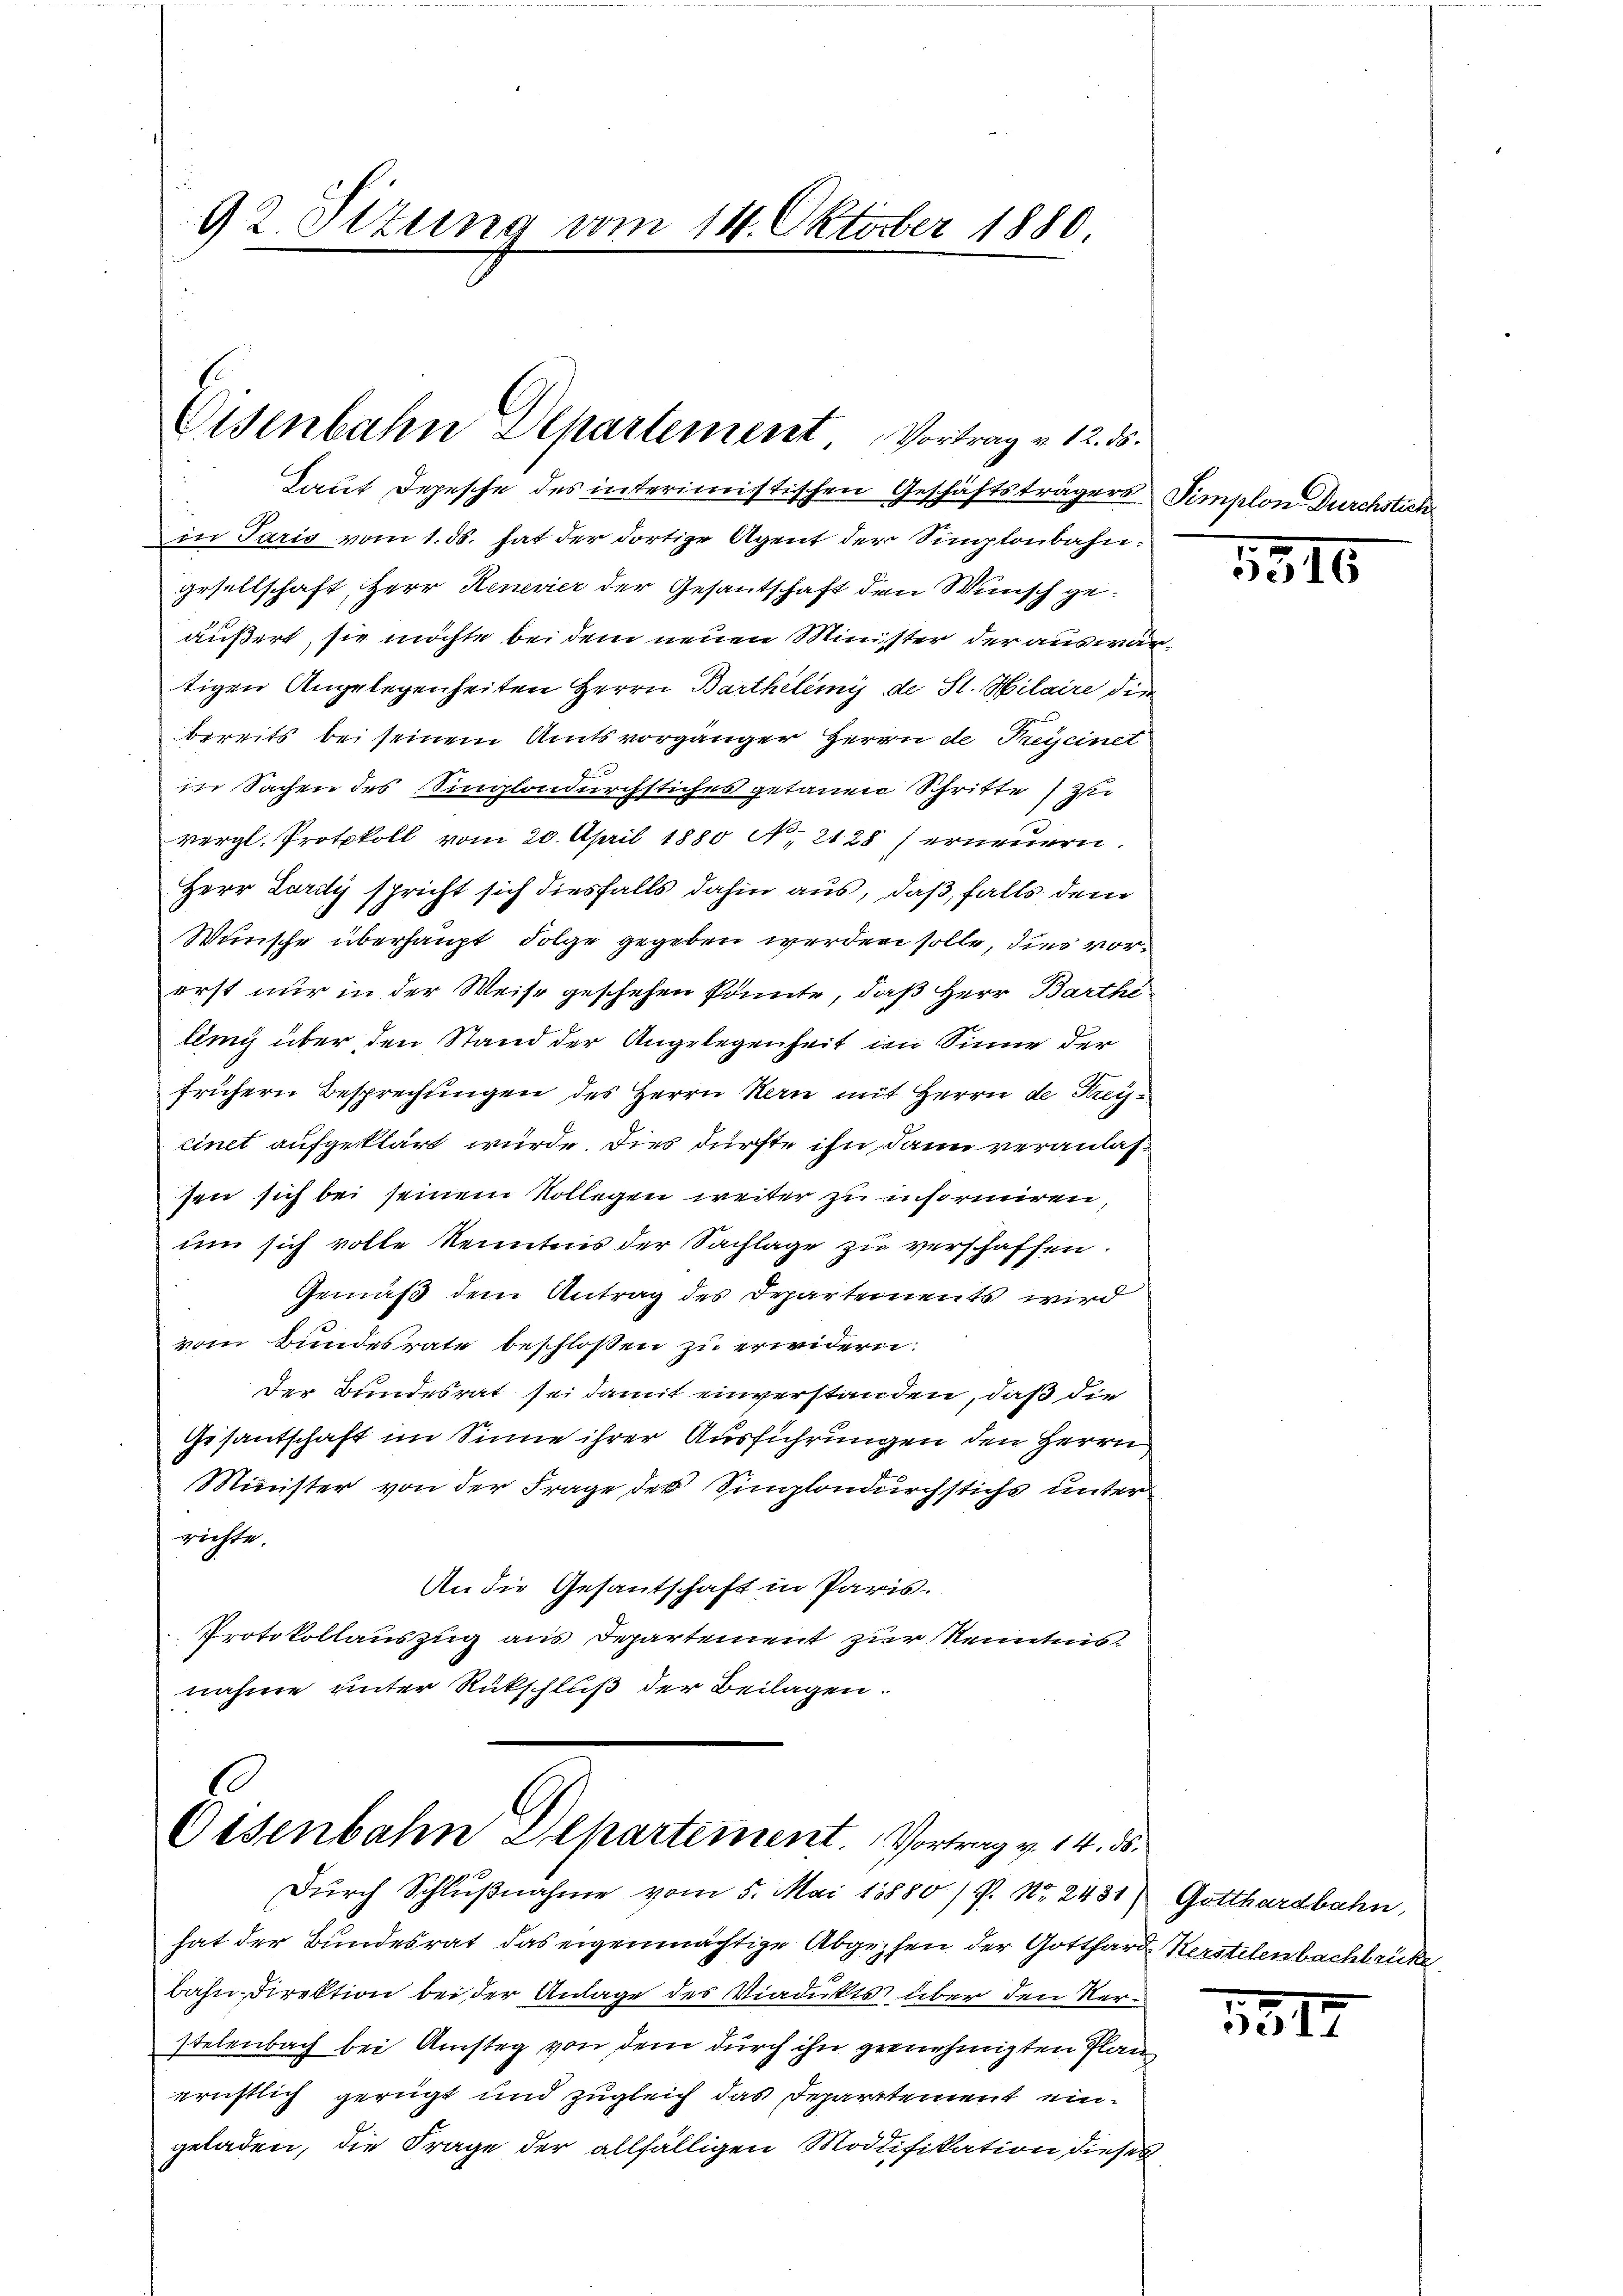
92. Titung vom 11. Oktober 1880.

Eisenbahn Spartement, Vortrag v. 12. ds.

Laut Depesche des interimistischen Geschäftsträgers Simplon Durchstier
Din Paris vom 1. ds. hat der dortige Agent der Simplonbahn.
gesellschaft, Herr Renevier der Gesantschaft den Wunsch geäußert, sie möchte bei dem neuen Minister der auswärtigen Angelegenheiten Herrn Barthelmi de St. Hilaire die
bereits bei seinem Amtsvorgänger Herrn de Preycinet
fan
in Sachen des Singlandurchstiches getauen Schritte zu
vergl. Protokoll vom 20. April 1880 No. 2128) erneuern.
Herr Lardy spricht sich diesfalls dahin aus, daß, falls dem
Wünsche überhaupt Folge gegeben werden solle, dies vorerst nur in der Weise geschehen könnte, daß Herr Barthe
ling über den Stand der Angelegenheit im Sinne der
frühern Besprechungen des Herrn Kern mit Herrn de Kreicinet aufgeklärt wurde. Dies dürfte ihn dann veranlassen sich bei seinem Kollegen weiter zu insormieren
um sich volle Kenntnis der Sachlage zu verschaffen.
Gemäß dem Antrag des Departements wird
vom Bundesrate beschlossen zu erwidern.
Der Bundesrat sei damit einverstanden, daß die
Gesantschaft im Sinne ihrer Ausführungen den Herrn
Minister von der Frage des Simlondurchstichs unter
richte.
An die Gesantschaft in Paris.
Protokollauszug aus Departement zur Kenntnis
nahme unter Rückschluß der Beilagen.

G
Osenbahn Alpartement. Vortrag v. 14. ds.
Dŭrch Schlŭβnahme vom 5. Mai 18880) P. Nr. 2431) Gotthardbahn,

hat der Bundesrat das eigenmächtige Abgehen der Gotthard Herstelenbachbrücke
bahn, Direktion bei der Anlage des Viadukts über den Verstelenbach bei Amstag von dem durch ihn gernehmigten Plan
eristlich gerügt und zugleich das Departement eingeladen, die Frage der allfälligen Modifikation dieses

1816

1817.